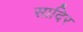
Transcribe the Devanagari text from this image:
सादिर